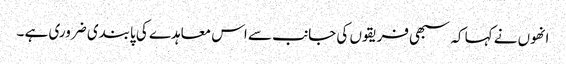
انھوں نے کہا کہ سبھی فریقوں کی جانب سے اس معاہدے کی پابندی ضروری ہے ۔